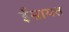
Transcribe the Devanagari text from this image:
ईसायत